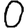
Digit: 0